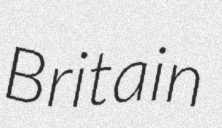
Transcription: Britain